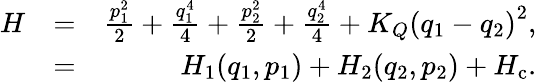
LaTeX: \begin{array}{rlr}{H}&{=}&{\frac{p_{1}^{2}}{2}+\frac{q_{1}^{4}}{4}+\frac{p_{2}^{2}}{2}+\frac{q_{2}^{4}}{4}+K_{Q}\left(q_{1}-q_{2}\right)^{2},}\\ &{=}&{H_{1}(q_{1},p_{1})+H_{2}(q_{2},p_{2})+H_{\mathrm{c}}.}\end{array}